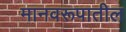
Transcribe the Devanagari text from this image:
मानवरूपातील